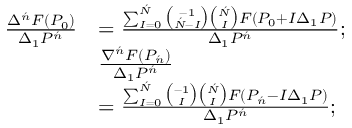
{ \begin{array} { r l } { { \frac { \Delta ^ { \acute { n } } F ( P _ { 0 } ) } { \Delta _ { 1 } P ^ { \acute { n } } } } } & { = { \frac { \sum _ { I = 0 } ^ { \acute { N } } { \binom { - 1 } { { \acute { N } } - I } } { \binom { \acute { N } } { I } } F ( P _ { 0 } + I \Delta _ { 1 } P ) } { \Delta _ { 1 } P ^ { \acute { n } } } } ; } \\ & { { \frac { \nabla ^ { \acute { n } } F ( P _ { \acute { n } } ) } { \Delta _ { 1 } P ^ { \acute { n } } } } } \\ & { = { \frac { \sum _ { I = 0 } ^ { \acute { N } } { \binom { - 1 } { I } } { \binom { \acute { N } } { I } } F ( P _ { \acute { n } } - I \Delta _ { 1 } P ) } { \Delta _ { 1 } P ^ { \acute { n } } } } ; } \end{array} }